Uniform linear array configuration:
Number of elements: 64
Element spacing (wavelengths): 0.5
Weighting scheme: binomial
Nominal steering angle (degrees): -30
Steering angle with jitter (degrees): -29.726
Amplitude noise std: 0.05
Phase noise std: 0.05

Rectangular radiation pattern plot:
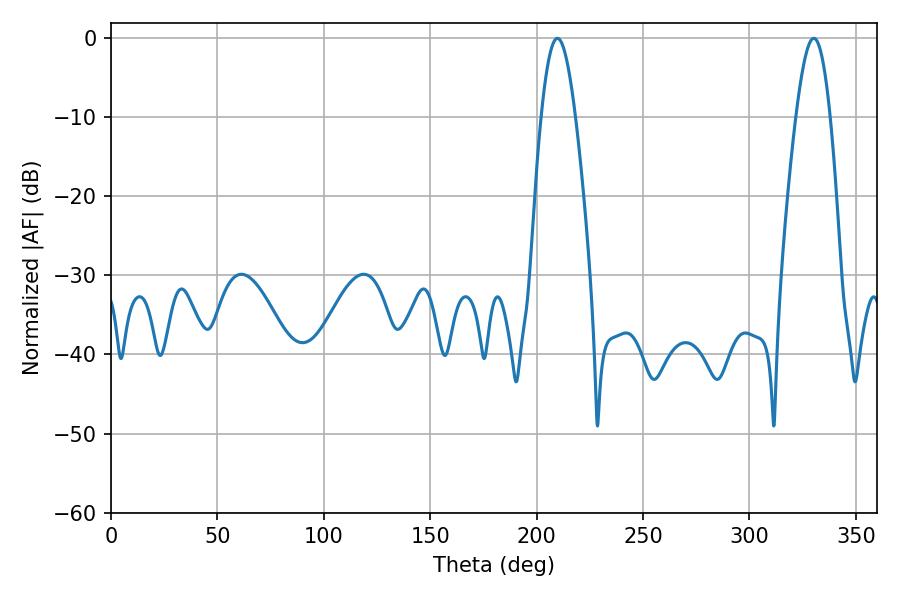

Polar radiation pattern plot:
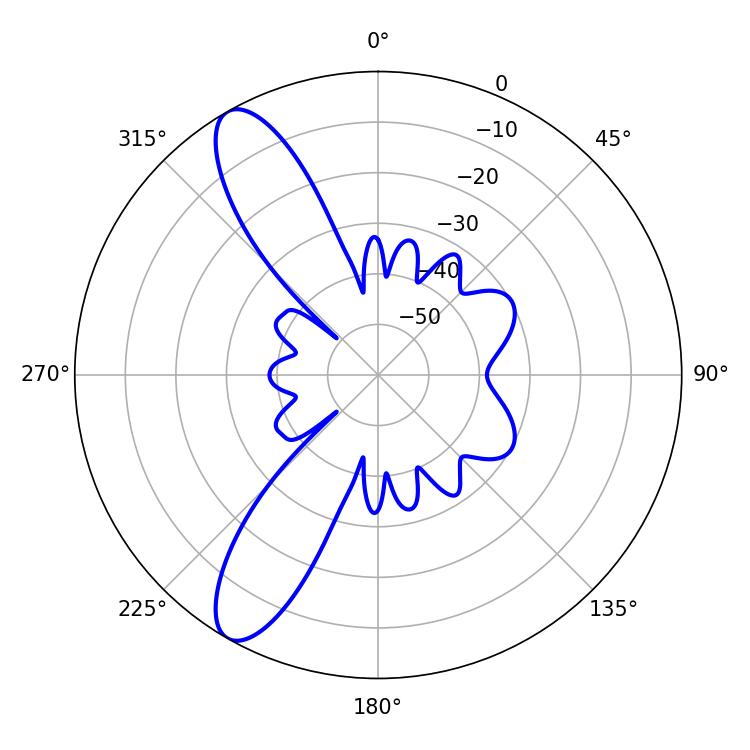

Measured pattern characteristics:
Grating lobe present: FALSE
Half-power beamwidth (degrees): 8.64
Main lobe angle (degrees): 209.7